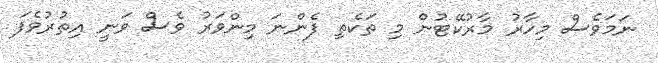
ނަމަވެސް މިހާރު މާރުކޭޓުން މި ތަކެތި ފެންނަ މިންވަރު ވެސް ވަނީ އިތުރުވެފަ